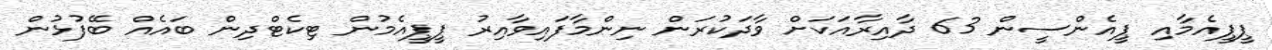
ޕީޕީއެމާއި ޕީއެންސީން 63 ދާއިރާއަކަށް ވާދަކުރަން ނިންމާފައިވާއިރު ޕީޕީއެމުން ޓިކެޓްދިން ބައެއް ބޭފުޅުން